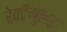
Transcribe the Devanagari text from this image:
रेक्टेंगुलर